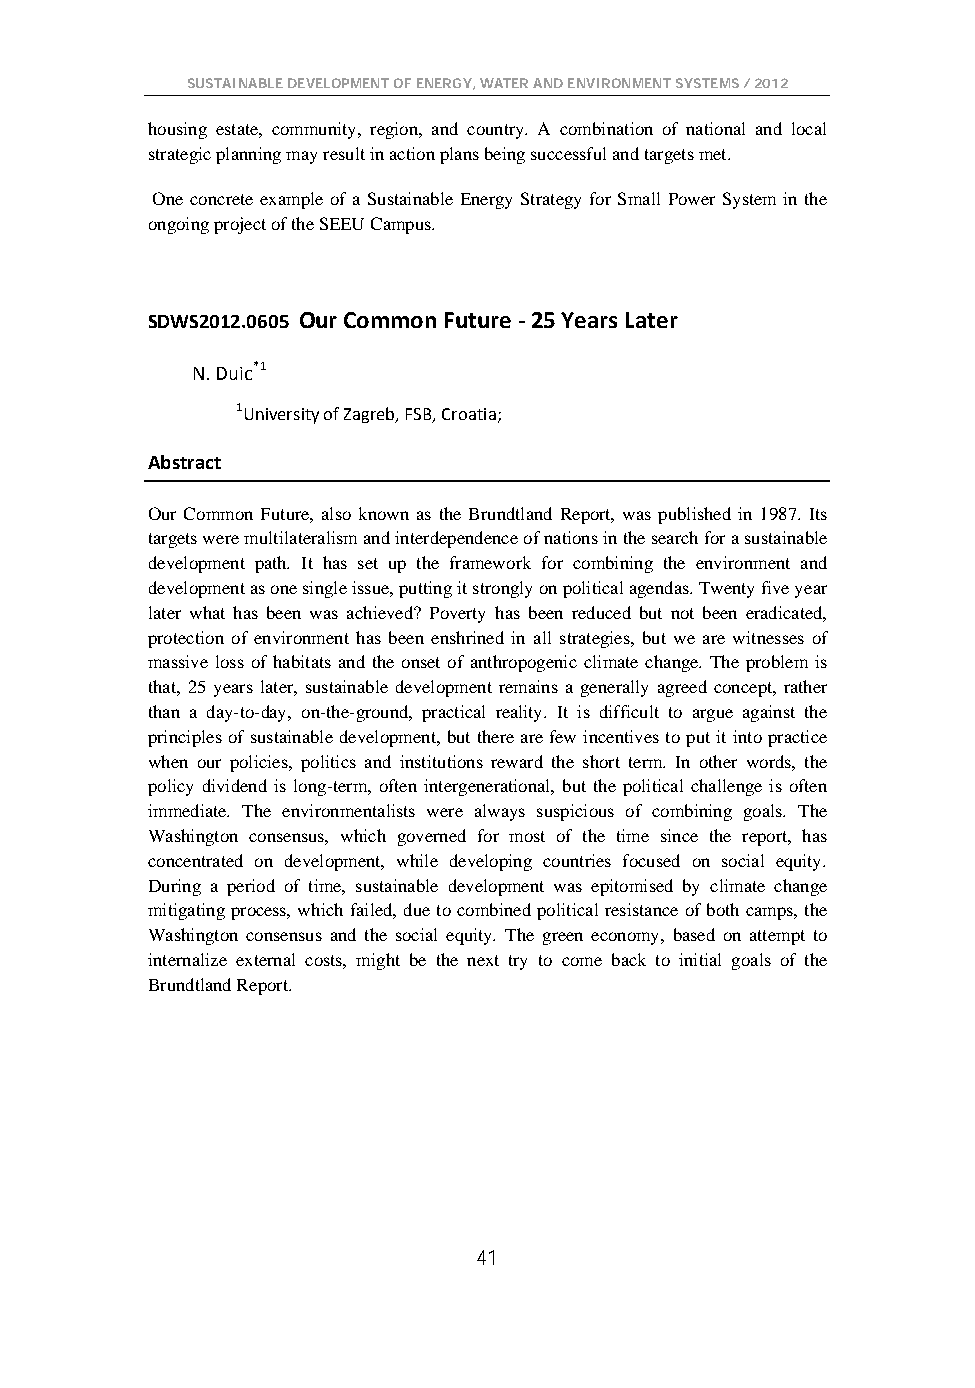
SUSTAINABLE DEVELOPMENT OF ENERGY, WATER AND ENVIRONMENT SYSTEMS / 2012
 housing estate, community, region, and country. A combination of national and local
 strategic planning may result in action plans being successful and targets met.
 One concrete example of a Sustainable Energy Strategy for Small Power System in the
 ongoing project of the SEEU Campus.
 SDWS2012.0605 Our Common Future - 25 Years Later
 N. Duic*1
 1University of Zagreb, FSB, Croatia;
 Abstract
 Our Common Future, also known as the Brundtland Report, was published in 1987. Its
 targets were multilateralism and interdependence of nations in the search for a sustainable
 development path. It has set up the framework for combining the environment and
 development as one single issue, putting it strongly on political agendas. Twenty five year
 later what has been was achieved? Poverty has been reduced but not been eradicated,
 protection of environment has been enshrined in all strategies, but we are witnesses of
 massive loss of habitats and the onset of anthropogenic climate change. The problem is
 that, 25 years later, sustainable development remains a generally agreed concept, rather
 than a day-to-day, on-the-ground, practical reality. It is difficult to argue against the
 principles of sustainable development, but there are few incentives to put it into practice
 when our policies, politics and institutions reward the short term. In other words, the
 policy dividend is long-term, often intergenerational, but the political challenge is often
 immediate. The environmentalists were always suspicious of combining goals. The
 Washington consensus, which governed for most of the time since the report, has
 concentrated on development, while developing countries focused on social equity.
 During a period of time, sustainable development was epitomised by climate change
 mitigating process, which failed, due to combined political resistance of both camps, the
 Washington consensus and the social equity. The green economy, based on attempt to
 internalize external costs, might be the next try to come back to initial goals of the
 Brundtland Report.
 41